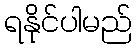
ရနိုင်ပါမည်